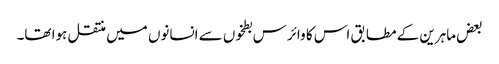
بعض ماہرین کے مطابق اس کا وائرس بطخوں سے انسانوں میں منتقل ہوا تھا۔